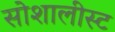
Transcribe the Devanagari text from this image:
सोशालीस्ट